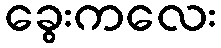
ခွေးကလေး